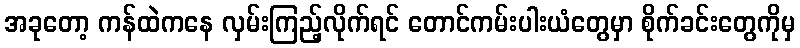
အခုတော့ ကန်ထဲကနေ လှမ်းကြည့်လိုက်ရင် တောင်ကမ်းပါးယံတွေမှာ စိုက်ခင်းတွေကိုမှ